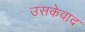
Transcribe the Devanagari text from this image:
उसकेवाद